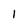
Character: l